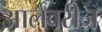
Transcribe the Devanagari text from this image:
आलवरीज